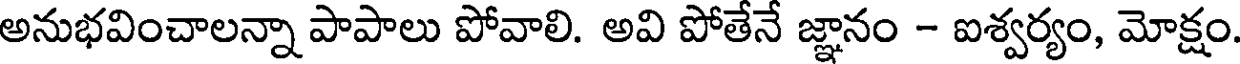
అనుభవించాలన్నా పాపాలు పోవాలి. అవి పోతేనే జ్ఞానం - ఐశ్వర్యం, మోక్షం